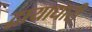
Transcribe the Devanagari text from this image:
द्वायाधारी